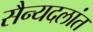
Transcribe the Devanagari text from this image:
सैन्यदलांत